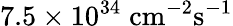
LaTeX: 7.5\times 10^{34}\; \mathrm{cm}^{-2}\mathrm{s}^{-1}